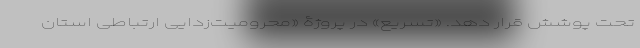
تحت پوشش قرار دهد. «تسریع» در پروژۀ «محرومیت‌زدایی ارتباطی استان